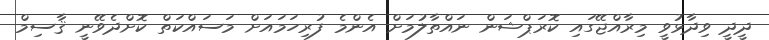
ދީދީ ވިދާޅުވީ މިރާއްޖޭގައި ކޮރަޕްޝަން ނައްތާލުމަށް އެންމެ ފުރިހަމައަށް މަސައްކަތް ކޮށްދެވޭނީ ޤާސިމް